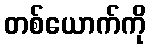
တစ်ယောက်ကို